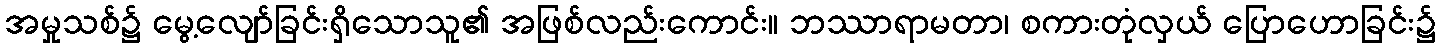
အမှုသစ်၌ မွေ့လျော်ခြင်းရှိသောသူ၏ အဖြစ်လည်းကောင်း။ ဘဿာရာမတာ၊ စကားတုံလှယ် ပြောဟောခြင်း၌